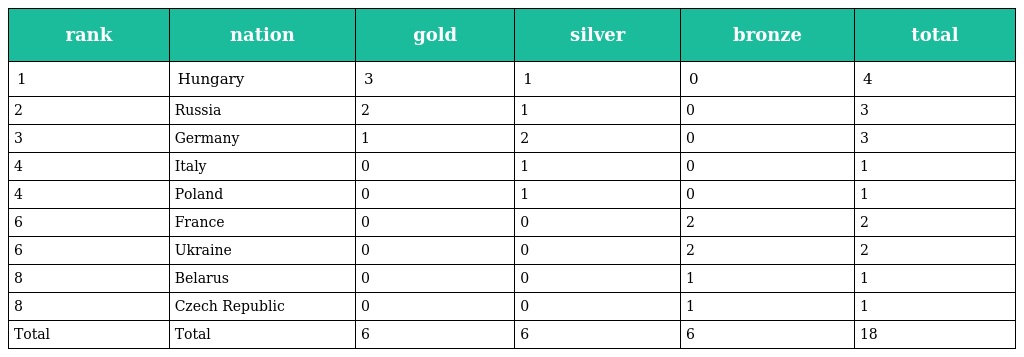
| rank | nation | gold | silver | bronze | total |
 | --- | --- | --- | --- | --- | --- |
 | 1 | Hungary | 3 | 1 | 0 | 4 |
 | 2 | Russia | 2 | 1 | 0 | 3 |
 | 3 | Germany | 1 | 2 | 0 | 3 |
 | 4 | Italy | 0 | 1 | 0 | 1 |
 | 4 | Poland | 0 | 1 | 0 | 1 |
 | 6 | France | 0 | 0 | 2 | 2 |
 | 6 | Ukraine | 0 | 0 | 2 | 2 |
 | 8 | Belarus | 0 | 0 | 1 | 1 |
 | 8 | Czech Republic | 0 | 0 | 1 | 1 |
 | Total | Total | 6 | 6 | 6 | 18 |